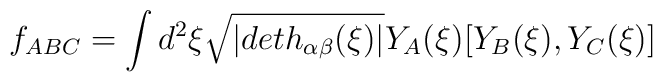
f_{ABC}=\int d^{2}\xi \sqrt{|deth_{\alpha \beta}(\xi)|}Y_A(\xi)[Y_B(\xi),Y_C(\xi )]